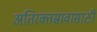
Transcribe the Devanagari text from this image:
अतिरक्तस्रावासाठी